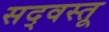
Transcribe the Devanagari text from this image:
सद्‌वस्तू